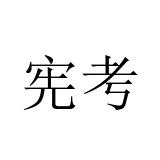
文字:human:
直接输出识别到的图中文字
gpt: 宪考